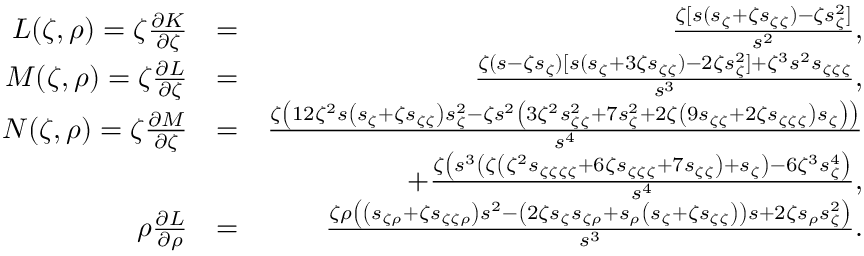
\begin{array} { r l r } { L ( \zeta , \rho ) = \zeta \frac { \partial K } { \partial \zeta } } & { = } & { \frac { \zeta [ s ( s _ { \zeta } + \zeta s _ { \zeta \zeta } ) - \zeta s _ { \zeta } ^ { 2 } ] } { s ^ { 2 } } , } \\ { M ( \zeta , \rho ) = \zeta \frac { \partial L } { \partial \zeta } } & { = } & { \frac { \zeta ( s - \zeta s _ { \zeta } ) [ s ( s _ { \zeta } + 3 \zeta s _ { \zeta \zeta } ) - 2 \zeta s _ { \zeta } ^ { 2 } ] + \zeta ^ { 3 } s ^ { 2 } s _ { \zeta \zeta \zeta } } { s ^ { 3 } } , } \\ { N ( \zeta , \rho ) = \zeta \frac { \partial M } { \partial \zeta } } & { = } & { \frac { \zeta \left( 1 2 \zeta ^ { 2 } s \left( s _ { \zeta } + \zeta s _ { \zeta \zeta } \right) s _ { \zeta } ^ { 2 } - \zeta s ^ { 2 } \left( 3 \zeta ^ { 2 } s _ { \zeta \zeta } ^ { 2 } + 7 s _ { \zeta } ^ { 2 } + 2 \zeta \left( 9 s _ { \zeta \zeta } + 2 \zeta s _ { \zeta \zeta \zeta } \right) s _ { \zeta } \right) \right) } { s ^ { 4 } } } \\ & { } & { + \frac { \zeta \left( s ^ { 3 } \left( \zeta \left( \zeta ^ { 2 } s _ { \zeta \zeta \zeta \zeta } + 6 \zeta s _ { \zeta \zeta \zeta } + 7 s _ { \zeta \zeta } \right) + s _ { \zeta } \right) - 6 \zeta ^ { 3 } s _ { \zeta } ^ { 4 } \right) } { s ^ { 4 } } , } \\ { \rho \frac { \partial L } { \partial \rho } } & { = } & { \frac { \zeta \rho \left( \left( s _ { \zeta \rho } + \zeta s _ { \zeta \zeta \rho } \right) s ^ { 2 } - \left( 2 \zeta s _ { \zeta } s _ { \zeta \rho } + s _ { \rho } \left( s _ { \zeta } + \zeta s _ { \zeta \zeta } \right) \right) s + 2 \zeta s _ { \rho } s _ { \zeta } ^ { 2 } \right) } { s ^ { 3 } } . } \end{array}